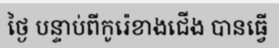
ថ្ងៃ បន្ទាប់ពីកូរ៉េខាងជើង បានធ្វើ